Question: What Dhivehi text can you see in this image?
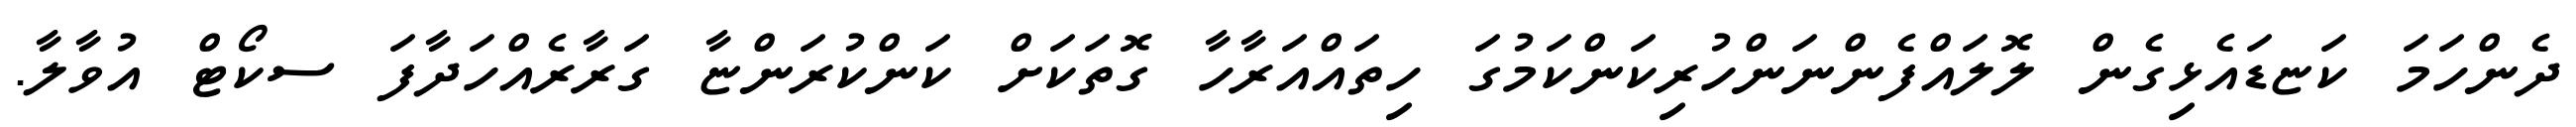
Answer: ދެންހަމަ ކަޏޑައެޅިގެން ލޮލައްފެންނަންހުރިކަންކަމުގަ ހިތައްއަރާހާ ގޮތަކަށް ކަންކުރަންޏާ ގަރާރެއްހަދާފަ ސކޯޓް އުވާލާ.